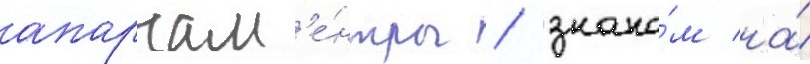
апартам'е́нты / знако́м на́